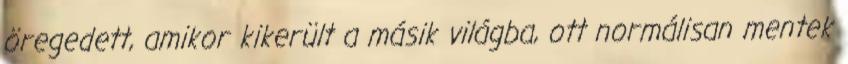
öregedett, amikor kikerült a másik világba, ott normálisan mentek